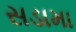
સડામા